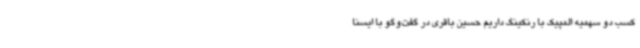
کسب دو سهمیه المپیک با رنکینگ داریم حسین باقری در گفت‌وگو با ایسنا